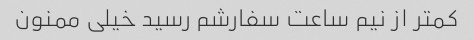
کمتر از نیم ساعت سفارشم رسید خیلی ممنون